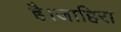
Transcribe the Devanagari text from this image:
है।जाहिरा